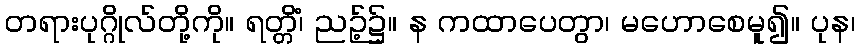
တရားပုဂ္ဂိုလ်တို့ကို။ ရတ္တိံ၊ ညဉ့်၌။ န ကထာပေတွာ၊ မဟောစေမူ၍။ ပုန၊